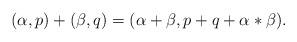
LaTeX: \begin{align*}(\alpha,p)+(\beta,q)=(\alpha+\beta, p+q+ \alpha*\beta).\end{align*}